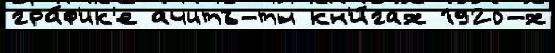
гра́ф'ик'е ачитъ-ты кн'и́гах 1920-х